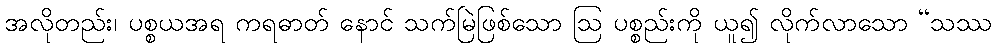
အလိုတည်း၊ ပစ္စယအရ ကရဓာတ် နောင် သက်မြဲဖြစ်သော ဩ ပစ္စည်းကို ယူ၍ လိုက်လာသော “သဿ